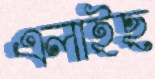
এলাইছ